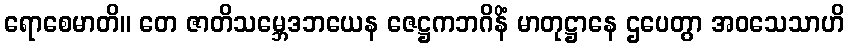
ရောစေမာတိ။ တေ ဇာတိသမ္ဘေဒဘယေန ဇေဋ္ဌကဘဂိနိံ မာတုဋ္ဌာနေ ဌပေတွာ အဝသေသာဟိ